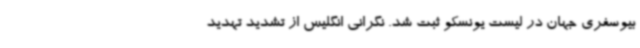
بیوسفری جهان در لیست یونسکو ثبت شد. نگرانی انگلیس از تشدید تهدید